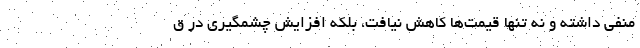
منفی داشته و نه تنها قیمت‌ها کاهش نیافت، بلکه افزایش چشمگیری در ق